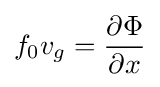
{f_{0}}{v_{g}}={\partial \Phi  \over \partial x}